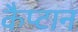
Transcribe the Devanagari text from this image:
कैप्टान